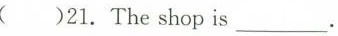
( )21. The shop is ___ .